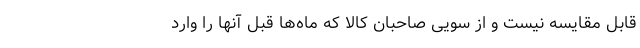
قابل مقایسه نیست و از سویی صاحبان کالا که ماه‌ها قبل آنها را وارد